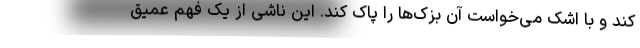
کند و با اشک می‌خواست آن‌ بزک‌ها را پاک کند. این ناشی از یک فهم عمیق